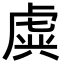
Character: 虡